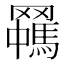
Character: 𱻈